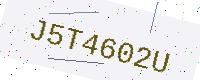
Text: J5T4602U